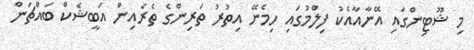
މި ޝޫޓިންގައި އޭނާއާއެކު ފިލްމުގައި ހިމެނޭ އިތުރު ތަރިންގެ ތެރެއިން އަބީޝެކް ބައްޗަން